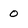
Character: 0